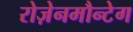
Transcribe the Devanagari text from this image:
रोज़ेनमौन्टेग